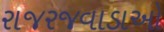
રાજરજવાડાઓ